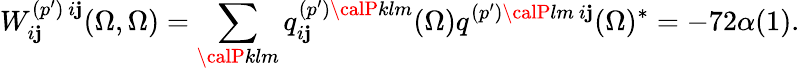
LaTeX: W_{i\mathbf{j}}^{(p^{\prime})\ i\mathbf{j}}(\Omega,\Omega)=\sum_{{\calP}klm}q_{i\mathbf{j}}^{(p^{\prime}){\calP}klm}(\Omega)q^{(p^{\prime}){\calP}lm\ i\mathbf{j}}(\Omega)^{*}=-72\alpha(1).